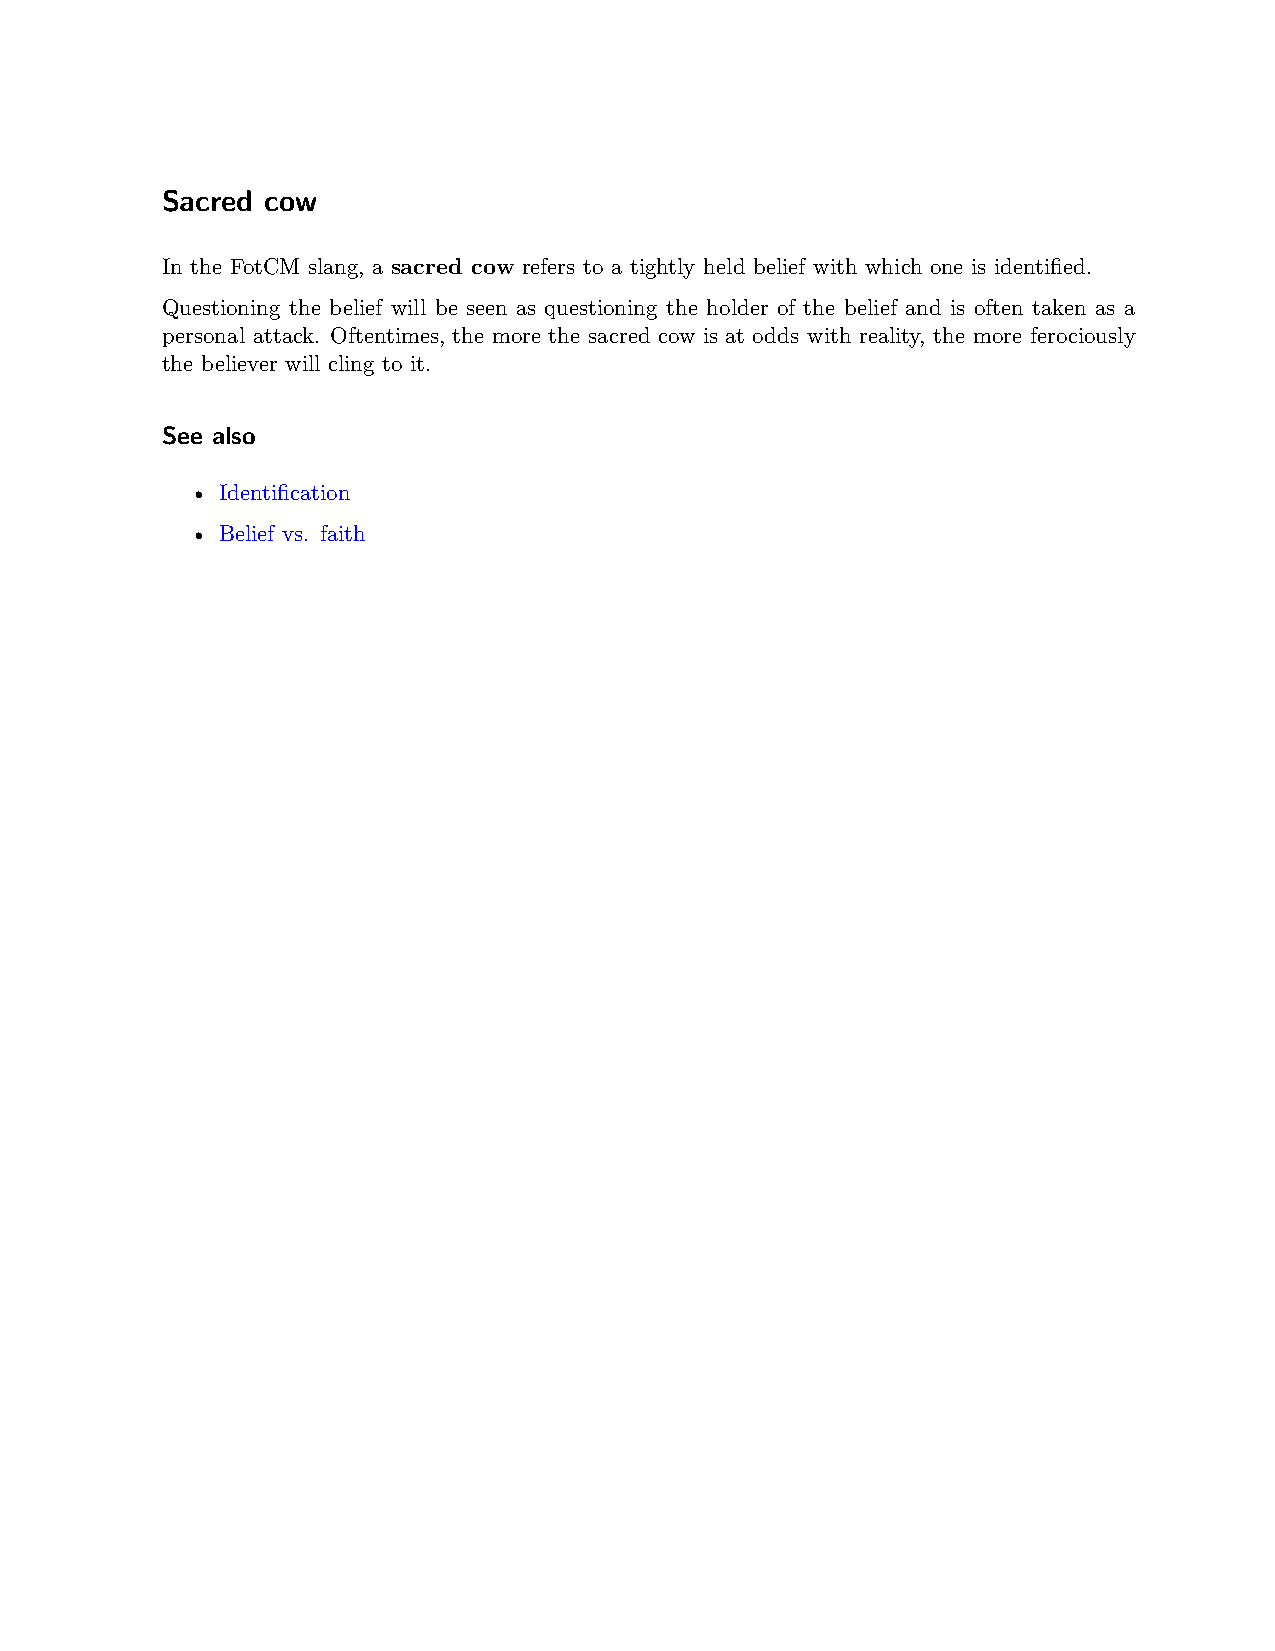
Sacred cow
 In the FotCM slang, a sacred cow refers to a tightly held belief with which one is identified.
 Questioning the belief will be seen as questioning the holder of the belief and is often taken as a
 personal attack. Oftentimes, the more the sacred cow is at odds with reality, the more ferociously
 the believer will cling to it.
 See also
 • Identification
 • Belief vs. faith